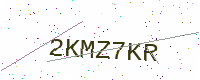
Text: 2KMZ7KR